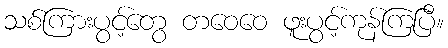
သစ်ကြားပွင့်တွေ တဝေဝေ ဖူးပွင့်ကုန်ကြပြီ။